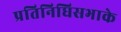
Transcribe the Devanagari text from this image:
प्रतिनिधिसभाके